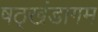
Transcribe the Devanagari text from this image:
षठ्खंडागम